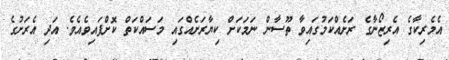
އެމެރިކާގެ އެރިޒޯނާގެ ރަށެއްކަމުގައިވާ ތޫސާން ނަމަކަށް ކިޔާރަށެއްގައި މަސައްކަތް ކޮށްފައިވެއެވެ. އަދި އެރަށުގެ